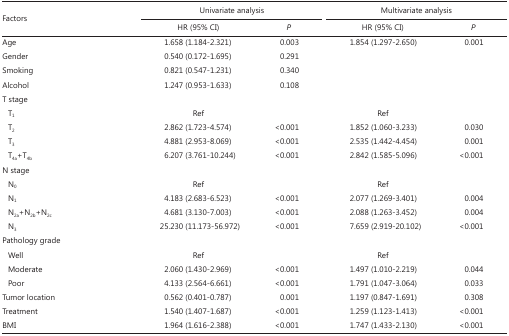
<table><thead><tr><td rowspan="2"><b>Factors</b></td><td colspan="2"><b>Univariate analysis</b></td><td rowspan="2"></td><td colspan="2"><b>Multivariate analysis</b></td></tr><tr><td><b>HR (95% CI)</b></td><td><b><i>P</i></b></td><td><b>HR (95% CI)</b></td><td><b><i>P</i></b></td></tr></thead><tbody><tr><td>Age</td><td>1.658 (1.184-2.321)</td><td>0.003</td><td></td><td>1.854 (1.297-2.650)</td><td>0.001</td></tr><tr><td>Gender</td><td>0.540 (0.172-1.695)</td><td>0.291</td><td></td><td></td><td></td></tr><tr><td>Smoking</td><td>0.821 (0.547-1.231)</td><td>0.340</td><td></td><td></td><td></td></tr><tr><td>Alcohol</td><td>1.247 (0.953-1.633)</td><td>0.108</td><td></td><td></td><td></td></tr><tr><td>T stage</td><td></td><td></td><td></td><td></td><td></td></tr><tr><td>T<sub>1</sub></td><td>Ref</td><td></td><td></td><td>Ref</td><td></td></tr><tr><td>T<sub>2</sub></td><td>2.862 (1.723-4.574)</td><td>&lt;0.001</td><td></td><td>1.852 (1.060-3.233)</td><td>0.030</td></tr><tr><td>T<sub>3</sub></td><td>4.881 (2.953-8.069)</td><td>&lt;0.001</td><td></td><td>2.535 (1.442-4.454)</td><td>0.001</td></tr><tr><td>T<sub>4a</sub>+T<sub>4b</sub></td><td>6.207 (3.761-10.244)</td><td>&lt;0.001</td><td></td><td>2.842 (1.585-5.096)</td><td>&lt;0.001</td></tr><tr><td>N stage</td><td></td><td></td><td></td><td></td><td></td></tr><tr><td>N<sub>0</sub></td><td>Ref</td><td></td><td></td><td>Ref</td><td></td></tr><tr><td>N<sub>1</sub></td><td>4.183 (2.683-6.523)</td><td>&lt;0.001</td><td></td><td>2.077 (1.269-3.401)</td><td>0.004</td></tr><tr><td>N<sub>2a</sub>+N<sub>2b</sub>+N<sub>2c</sub></td><td>4.681 (3.130-7.003)</td><td>&lt;0.001</td><td></td><td>2.088 (1.263-3.452)</td><td>0.004</td></tr><tr><td>N<sub>3</sub></td><td>25.230 (11.173-56.972)</td><td>&lt;0.001</td><td></td><td>7.659 (2.919-20.102)</td><td>&lt;0.001</td></tr><tr><td>Pathology grade</td><td></td><td></td><td></td><td></td><td></td></tr><tr><td>Well</td><td>Ref</td><td></td><td></td><td>Ref</td><td></td></tr><tr><td>Moderate</td><td>2.060 (1.430-2.969)</td><td>&lt;0.001</td><td></td><td>1.497 (1.010-2.219)</td><td>0.044</td></tr><tr><td>Poor</td><td>4.133 (2.564-6.661)</td><td>&lt;0.001</td><td></td><td>1.791 (1.047-3.064)</td><td>0.033</td></tr><tr><td>Tumor location</td><td>0.562 (0.401-0.787)</td><td>0.001</td><td></td><td>1.197 (0.847-1.691)</td><td>0.308</td></tr><tr><td>Treatment</td><td>1.540 (1.407-1.687)</td><td>&lt;0.001</td><td></td><td>1.259 (1.123-1.413)</td><td>&lt;0.001</td></tr><tr><td>BMI</td><td>1.964 (1.616-2.388)</td><td>&lt;0.001</td><td></td><td>1.747 (1.433-2.130)</td><td>&lt;0.001</td></tr></tbody></table>